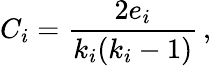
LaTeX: C_{i}={\frac{2e_{i}}{k_{i}{(k_{i}-1)}}}\, ,